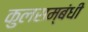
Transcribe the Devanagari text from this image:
कुलसम्बंधी